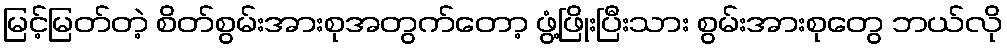
မြင့်မြတ်တဲ့ စိတ်စွမ်းအားစုအတွက်တော့ ဖွံ့ဖြိုးပြီးသား စွမ်းအားစုတွေ ဘယ်လို